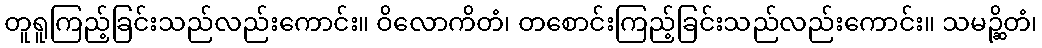
တူရူကြည့်ခြင်းသည်လည်းကောင်း။ ဝိလောကိတံ၊ တစောင်းကြည့်ခြင်းသည်လည်းကောင်း။ သမဉ္ဆိတံ၊